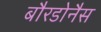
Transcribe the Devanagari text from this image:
बौरडोनैस